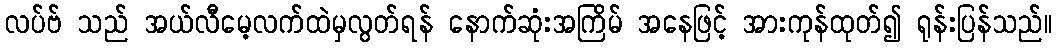
လပ်ဗ် သည် အယ်လီမေ့လက်ထဲမှလွတ်ရန် နောက်ဆုံးအကြိမ် အနေဖြင့် အားကုန်ထုတ်၍ ရုန်းပြန်သည်။